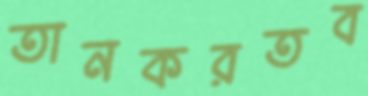
তানকরতব